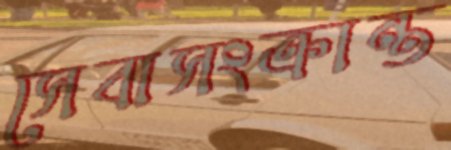
সেবাসংক্রান্ত